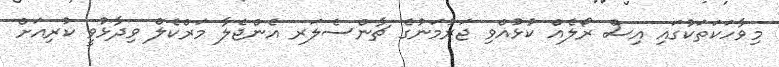
މިވާހަކަތަކުގައި އިސް ރޯލެއް ކުޅުއްވި ޖަރުމަނުގެ ޗާންސެލަރ އެންޖެލާ މަރްކެލް ވިދާޅުވީ ކުރިއަށް